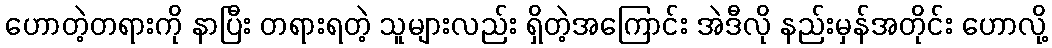
ဟောတဲ့တရားကို နာပြီး တရားရတဲ့ သူများလည်း ရှိတဲ့အကြောင်း အဲဒီလို နည်းမှန်အတိုင်း ဟောလို့